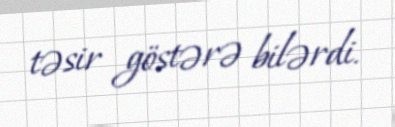
təsir göstərə bilərdi.